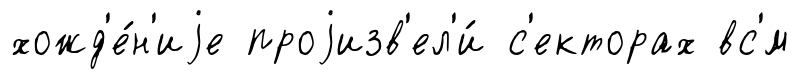
хожд'е́н'иjе проjизв'ел'и́ с'екторах вс'́м